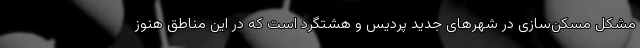
مشکل مسکن‌سازی در شهرهای جدید پردیس و هشتگرد است که در این مناطق هنوز